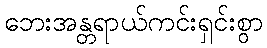
ဘေးအန္တရာယ်ကင်းရှင်းစွာ